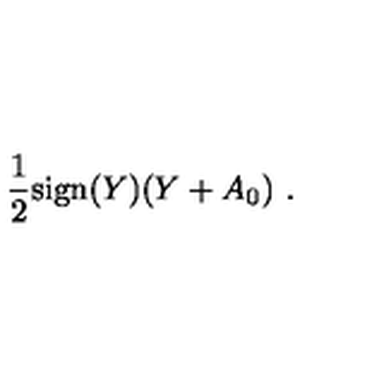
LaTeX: { \frac { 1 } { 2 } } \mathrm { s i g n } ( Y ) ( Y + A _ { 0 } ) \ .